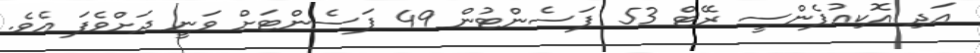
އަދި އޮކިއުޕެންސީ ރޭޓް 53 ޕަސެންޓުން 49 ޕަސެންޓަށް ވަނީ ދަށްވެފަ އެވެ.